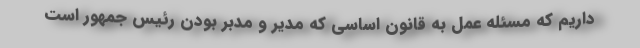
داریم که مسئله عمل به قانون اساسی که مدیر و مدبر بودن رئیس جمهور است